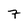
Character: 7